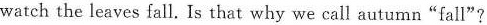
watch the leaves fall. Is that why we call autumn “fall”?